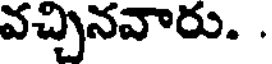
వచ్చినవారు. .